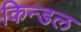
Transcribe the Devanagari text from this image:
किन्डल